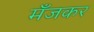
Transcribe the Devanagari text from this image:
मँजकर